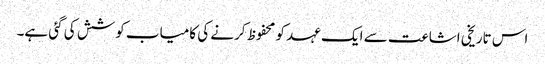
اس تاریخی اشاعت سے ایک عہد کو محفوظ کرنے کی کامیاب کوشش کی گئی ہے۔